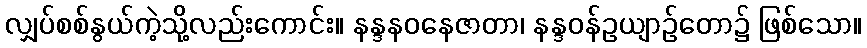
လျှပ်စစ်နွယ်ကဲ့သို့လည်းကောင်း။ နန္ဒနဝနေဇာတာ၊ နန္ဒဝန်ဥယျာဉ်တော၌ ဖြစ်သော။